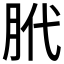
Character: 𫆛